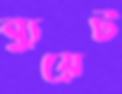
ব্যুয়েট